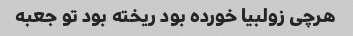
هرچی زولبیا خورده بود ریخته بود تو جعبه